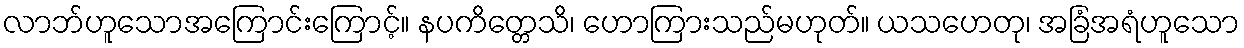
လာဘ်ဟူသောအကြောင်းကြောင့်။ နပကိတ္တေသိ၊ ဟောကြားသည်မဟုတ်။ ယသဟေတု၊ အခြံအရံဟူသော